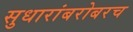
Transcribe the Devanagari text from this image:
सुधारांबरोबरच